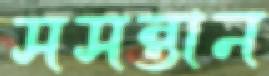
সসন্তান